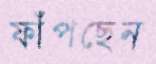
ফাঁপছেন